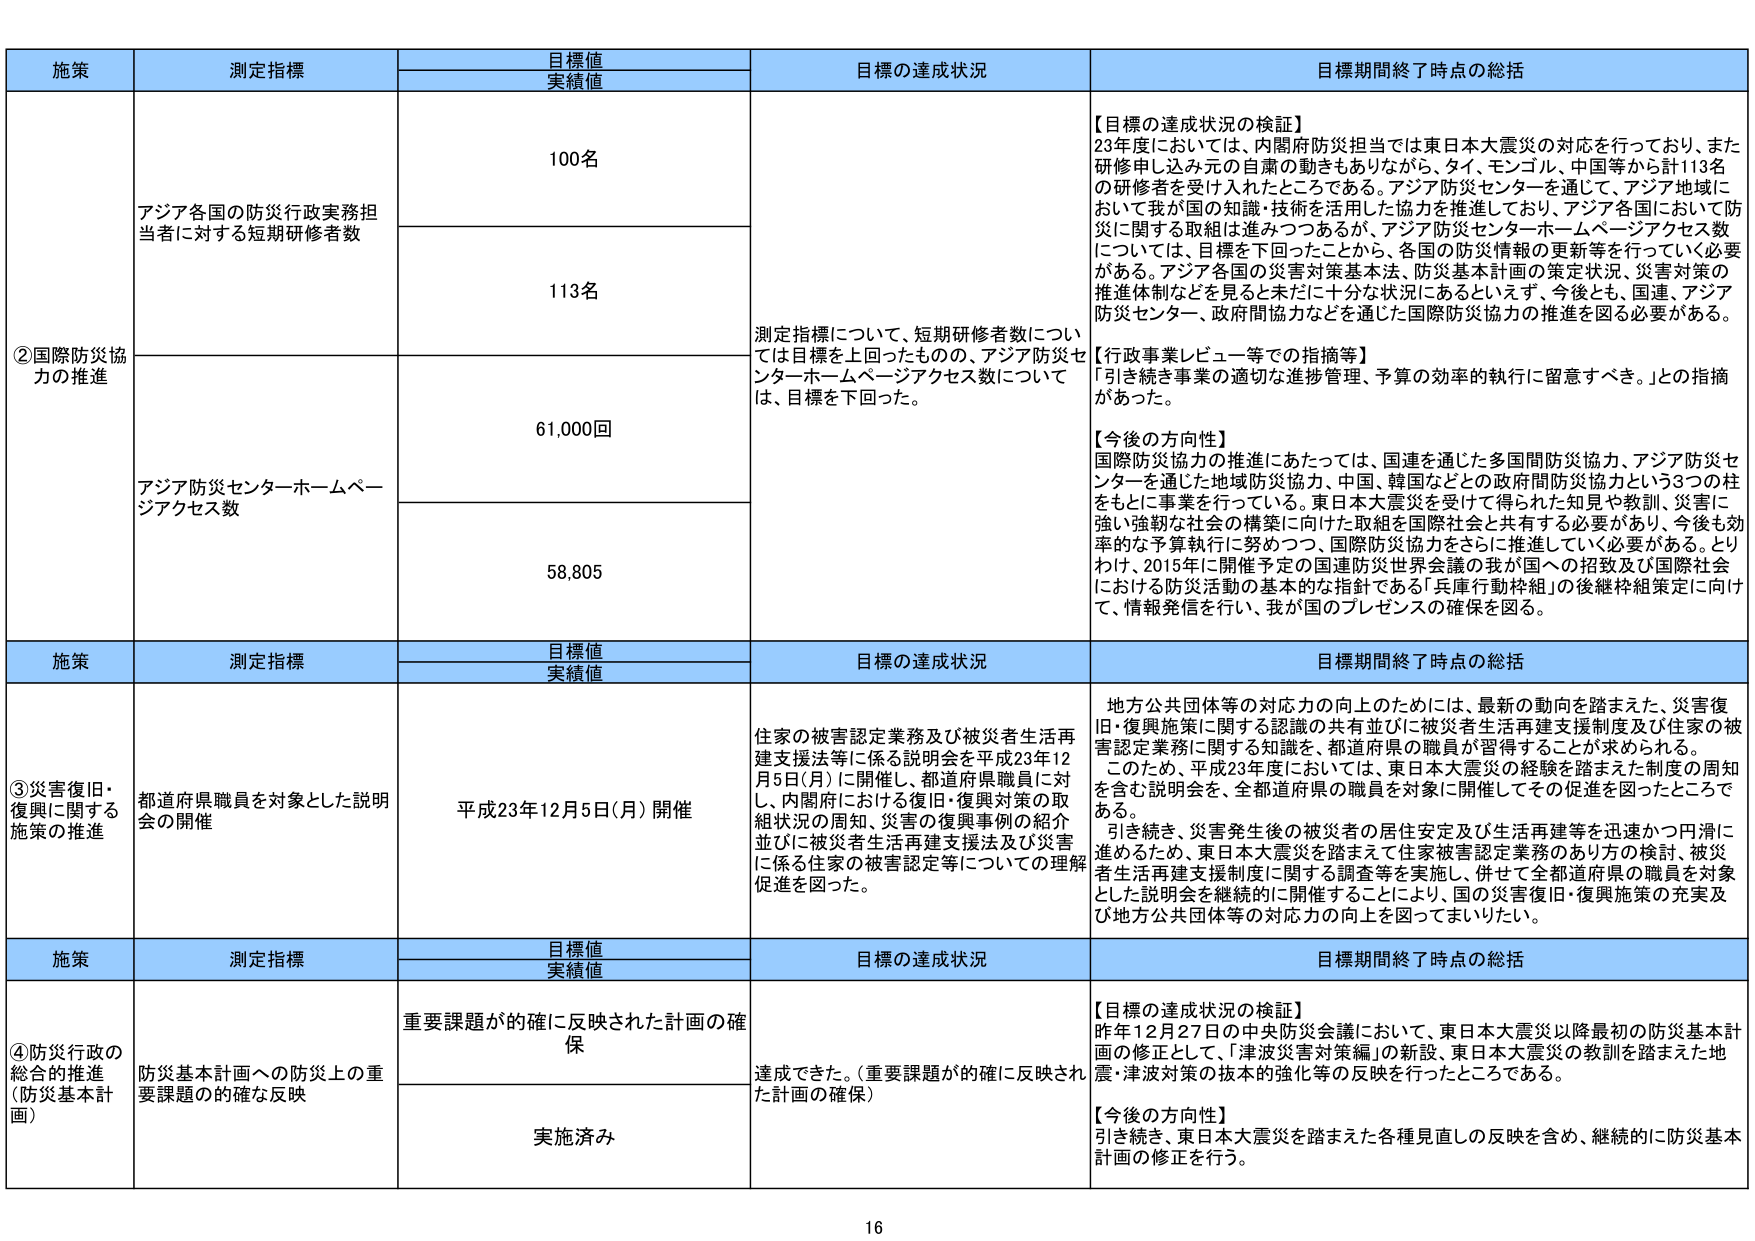
施策 測定指標 目標値 実績値 目標の達成状況 目標期間終了時点の総括 ②国際防災協力の推進 アジア各国の防災行政実務担当者に対する短期研修者数 100名 測定指標について、短期研修者数については目標を上回ったものの、アジア防災センター ホームページアクセス数については、目標を下回った。 【目標の達成状況の検証】 23年度においては、内閣府防災担当では東日本大震災の対応を行っており、また研修申し込み元の自粛の動きもありながら、タイ、モンゴル、中国等から計113名の研修者を受け入れたところである。アジア防災センターを通じて、アジア地域において我が国の知識・技術を活用した協力を推進しており、アジア各国において防災に関する取組は進みつつあるが、アジア防災センターホームページアクセス数については、目標を下回ったことから、各国の防災情報の更新等を行っていく必要がある。アジア各国の災害対策基本法、防災基本計画の策定状況、災害対策の推進体制などを見るとき未だに十分な状況にあるといえず、今後とも、国連、アジア防災センター、政府間協力などを通じた国際防災協力の推進を図る必要がある。 【行政事業レビュー等での指摘等】 「引き続き事業の適切な進捗管理、予算の効率的執行に留意すべき。」との指摘があった。 【今後の方針】 国際防災協力の推進にあたっては、国連を通じた多国間防災協力、アジア防災センターを通じた地域防災協力、中国、韓国などとの政府間防災協力という3つの柱をもとに事業を行っている。東日本大震災を受けた得られた知見や教訓、災害に強い強靭な社会の構築に向けた取組を国際社会と共有する必要があり、今後も効率的な予算執行に努めつつ、国際防災協力をさらに推進していく必要がある。とりわけ、2015年に開催予定の国連防災世界会議の我が国への招致及び国際社会における防災活動の基本的な指針である「兵庫行動枠組」の後継枠組策定に向けて、情報発信を行い、我が国のプレゼンスの確保を図る。 113名 アジア防災センターホームページアクセス数 61,000回 58,805 施策 測定指標 目標値 実績値 目標の達成状況 目標期間終了時点の総括 ③災害復旧・復興に関する施策の推進 都道府県職員を対象とした説明会の開催 平成23年12月5日(月) 開催 住家の被害認定業務及び被災者生活再建支援法等に係る説明会を平成23年12月5日(月)に開催し、都道府県職員に対し、内閣府における復旧・復興対策の取組状況の周知、災害の復興事例の紹介並びに被災者生活再建支援法及び災害に係る住家の被害認定等についての理解促進を図った。 地方公共団体等の対応力の向上のためには、最新の動向を踏まえた、災害復旧・復興施策に関する認識の共有並びに被災者生活再建支援制度及び住家の被害認定業務に関する知識を、都道府県の職員が習得することが求められる。このため、平成23年度においては、東日本大震災の経験を踏まえた制度の周知を含む説明会を、全都道府県の職員を対象に開催してその促進を図ったところである。引き続き、災害発生後の被災者の居住安定及び生活再建等を迅速かつ円滑に進めるため、東日本大震災を踏まえて住家被害認定業務のあり方の検討、被災者生活再建支援制度に関する調査等を実施し、併せて全都道府県の職員を対象とした説明会を継続的に開催することにより、国の災害復旧・復興施策の充実及び地方公共団体等の対応力の向上を図ってまいりたい。 施策 測定指標 目標値 実績値 目標の達成状況 目標期間終了時点の総括 ④防災行政の総合的推進 (防災基本計画) 防災基本計画への防災上の重要課題の的確な反映 重要課題が的確に反映された計画の確保 達成できた。(重要課題が的確に反映された計画の確保) 【目標の達成状況の検証】 昨年12月27日の中央防災会議において、東日本大震災以降最初の防災基本計画の修正として、「津波災害対策編」の新設、東日本大震災の教訓を踏まえた地震・津波対策の抜本的強化等の反映を行ったところである。 【今後の方針】 引き続き、東日本大震災を踏まえた各種見直しの反映を含め、継続的に防災基本計画の修正を行う。 実施済み 16